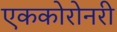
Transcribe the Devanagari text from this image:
एककोरोनरी